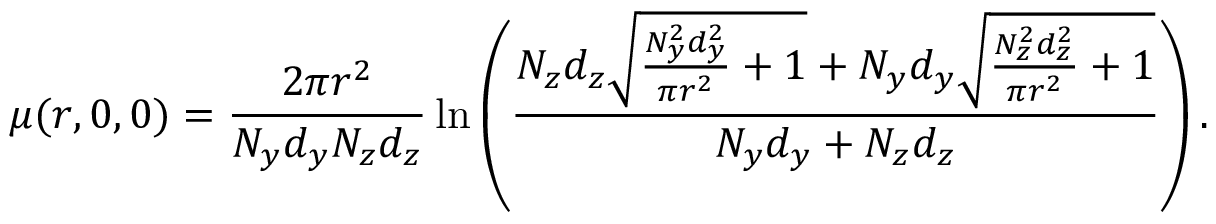
\mu ( r , 0 , 0 ) = \frac { 2 \pi r ^ { 2 } } { N _ { y } d _ { y } N _ { z } d _ { z } } \ln \left( \frac { N _ { z } d _ { z } \sqrt { \frac { N _ { y } ^ { 2 } d _ { y } ^ { 2 } } { \pi r ^ { 2 } } + 1 } + N _ { y } d _ { y } \sqrt { \frac { N _ { z } ^ { 2 } d _ { z } ^ { 2 } } { \pi r ^ { 2 } } + 1 } } { N _ { y } d _ { y } + N _ { z } d _ { z } } \right) .